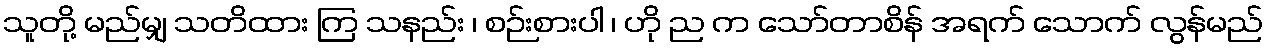
သူတို့ မည်မျှ သတိထား ကြ သနည်း ၊ စဉ်းစားပါ ၊ ဟို ည က သော်တာစိန် အရက် သောက် လွန်မည်